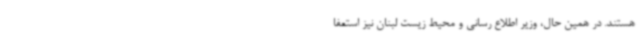
هستند. در همین حال، وزیر اطلاع رسانی و محیط زیست لبنان نیز استعفا